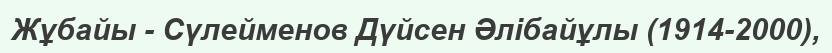
Жұбайы - Сүлейменов Дүйсен Әлібайұлы (1914-2000),